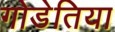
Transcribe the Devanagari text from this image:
गोडेतिया